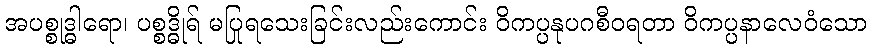
အပစ္စုဒ္ဓါရော၊ ပစ္စဒ္ဓိုရ် မပြုရသေးခြင်းလည်းကောင်း ဝိကပ္ပနုပဂစီဝရတာ ဝိကပ္ပနာလေဝံသော